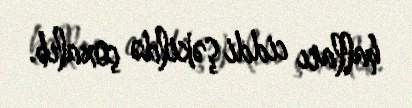
halları ciddi şəkildə çoxalıb.